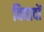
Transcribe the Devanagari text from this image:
विवादों